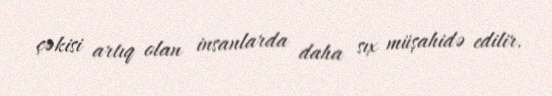
çəkisi artıq olan insanlarda daha sıx müşahidə edilir.